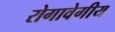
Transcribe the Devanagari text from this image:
रोगावेगीय